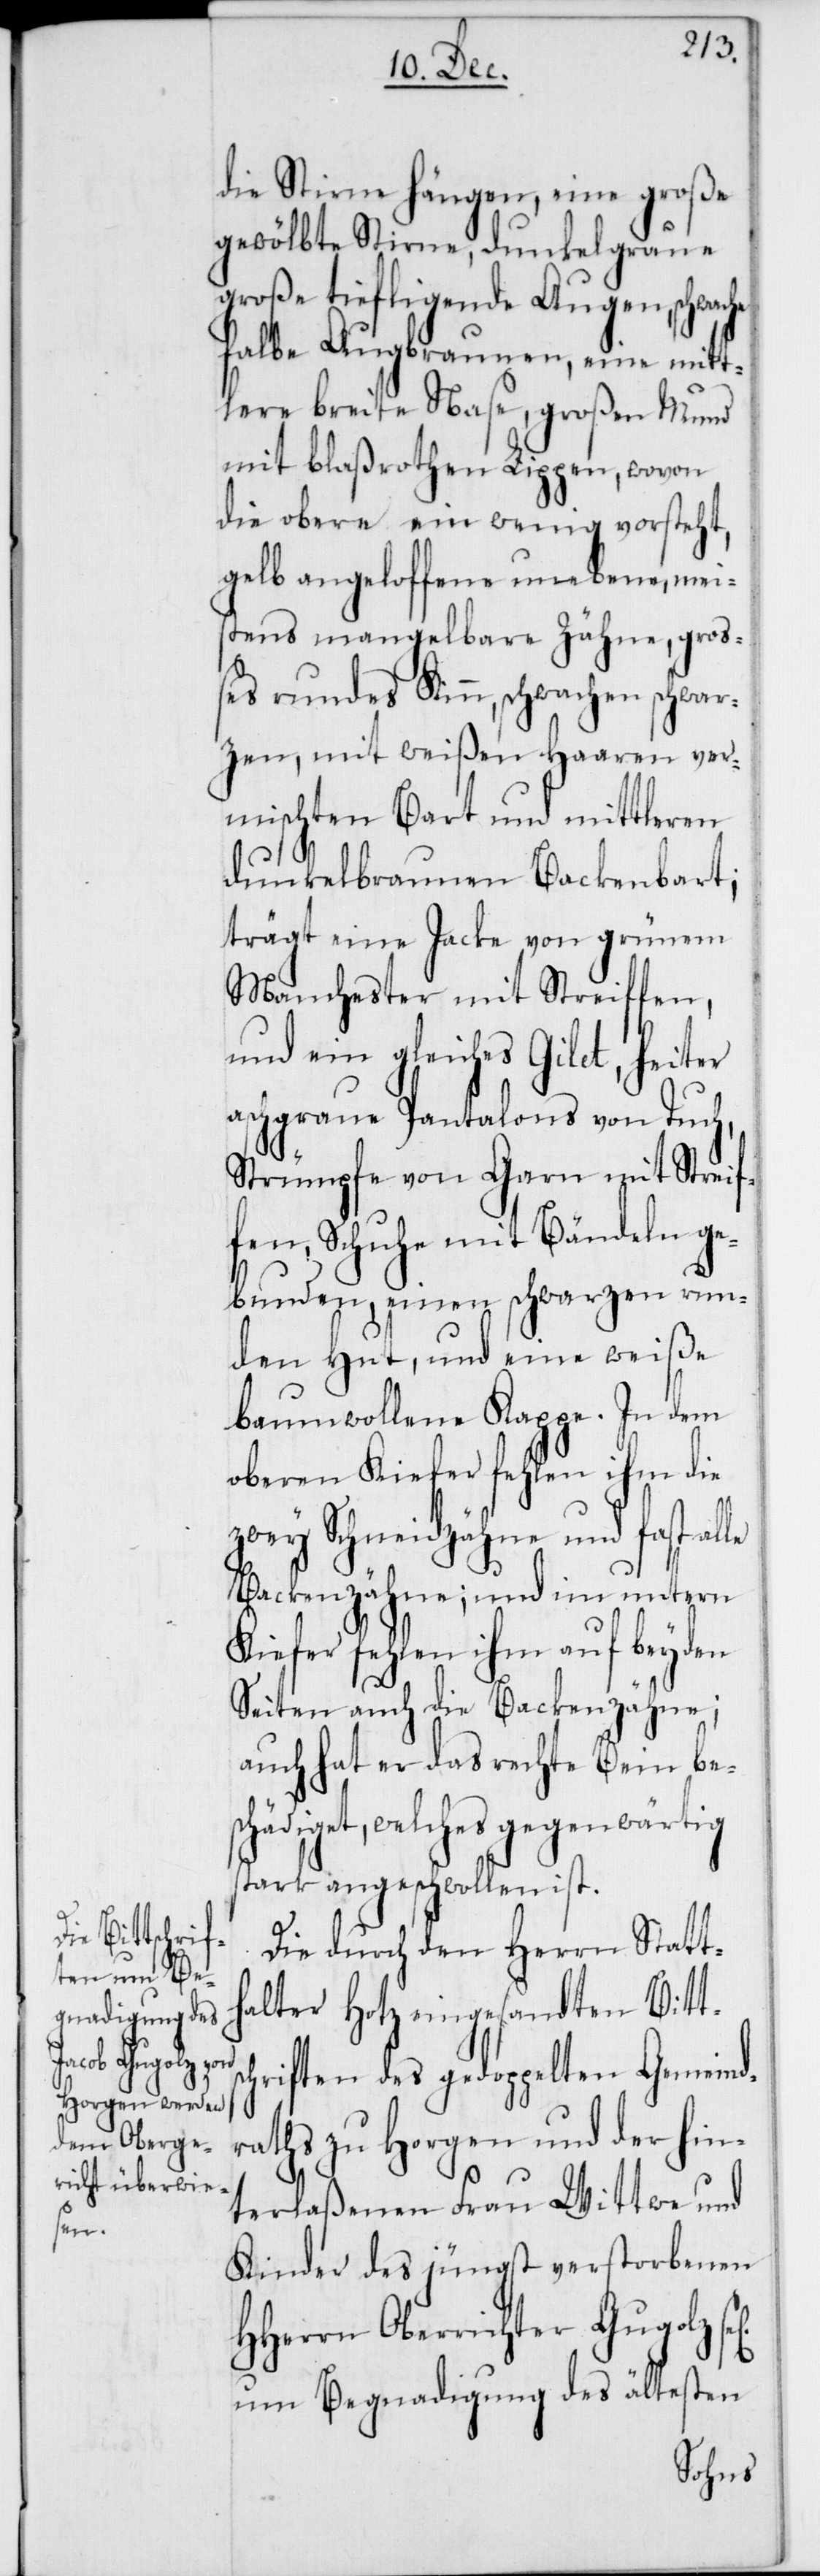
sc¬

die Stirne hängen, eine große
gewölbte Stirne, dunkelgraue
große tiefligende Augen, schwache
halbe Augenbrauen, eine mitt¬
lere breite Nase, großen Mund
mit blaßrothen Lippen, wovon
die obere ein wenig vorsteht,
gelb angeloffene unebene, mei¬
stens mangelbare Zähne, groß¬
es rundes Kinn, schwachen schwar¬
zen, mit weißen Haaren ver¬
mischen Bart und mittleren
dunkelbraunen Backenbart;
trägt eine Jacke von grünem
Manchester mit Streiffen,
und ein gleiches Gilet, heiter
aschgraue Pantalons von Tuch,
Strümpfe von Garn mit Strei¬
fen, Schuhe mit Bändeln ge¬
bunden, einen schwarzen run¬
den Hut, und eine weiße
baumwollene Kappe. In dem
oberen Kiefer fehlen ihm die
zwei Schneidzähne und fast alle
Backenzähne; und im untern
Kiefer fehlen ihm auf beyden
Seiten auch die Backenzähne;
auch hat er das rechte Bein bes¬
chädiget, welches gegenwärtig
stark angeschwollen ist.
Die durch den Herrn Statt¬
halter Hotz eingesandten Bitt¬
hriften des gedoppelten Gemeind¬
raths zu Horgen und der hin¬
terlaßenen Frau Wittwe und
Kinder des jüngst verstorbenen
HHerrn Oberrichter Gugolz
um Begnadigung des ältesten